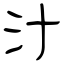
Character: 汁